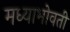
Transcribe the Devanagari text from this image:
मध्याभोवती